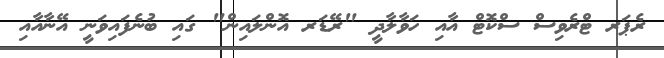
ރެޕަރ ޓްރެވިސް ސްކޮޓް އާއި ހަވާލާދީ "ރޭޑަރ އޮންލައިން" ގައި ބުނެފައިވަނީ އޭނާއާއި